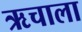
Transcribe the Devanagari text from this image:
ऋचाला